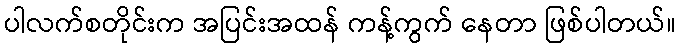
ပါလက်စတိုင်းက အပြင်းအထန် ကန့်ကွက် နေတာ ဖြစ်ပါတယ်။